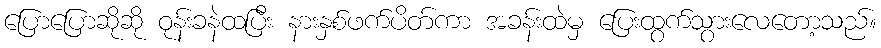
ပြောပြောဆိုဆို ဝုန်းခနဲထပြီး နားနှစ်ဖက်ပိတ်ကာ အခန်းထဲမှ ပြေးထွက်သွားလေတော့သည်။